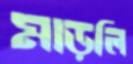
মাড়লি